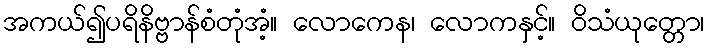
အကယ်၍ပရိနိဗ္ဗာန်စံတုံအံ့။ လောကေန၊ လောကနှင့်။ ဝိသံယုတ္တော၊